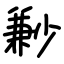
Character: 㝺